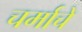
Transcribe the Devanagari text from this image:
चर्माचे